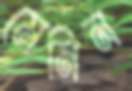
মেনিন